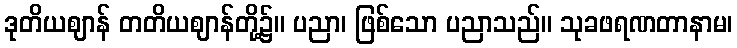
ဒုတိယဈာန် တတိယဈာန်တို့၌။ ပညာ၊ ဖြစ်သော ပညာသည်။ သုခဖရဏတာနာမ၊